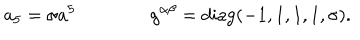
LaTeX: a _ { 5 } = \sigma a ^ { 5 } \qquad \qquad g ^ { \alpha \beta } = \mathrm { d i a g } ( - 1 , 1 , 1 , 1 , \sigma ) .